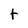
Character: t